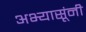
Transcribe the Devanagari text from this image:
अभ्यासूंनी